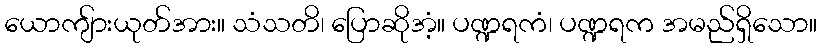
ယောကျ်ားယုတ်အား။ သံသတိ၊ ပြောဆိုအံ့။ ပဏ္ဍရကံ၊ ပဏ္ဍရက အမည်ရှိသော။